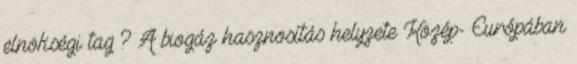
elnökségi tag ? A biogáz hasznosítás helyzete Közép- Európában